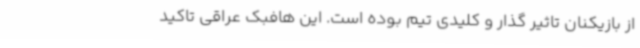
از بازیکنان تاثیر گذار و کلیدی تیم بوده است. این هافبک عراقی تاکید